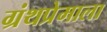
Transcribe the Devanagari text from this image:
ग्रंथप्रेमाला